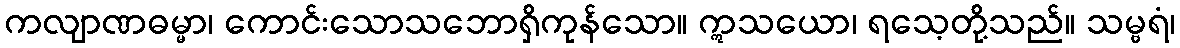
ကလျာဏဓမ္မာ၊ ကောင်းသောသဘောရှိကုန်သော။ ဣသယော၊ ရသေ့တို့သည်။ သမ္ဗရံ၊